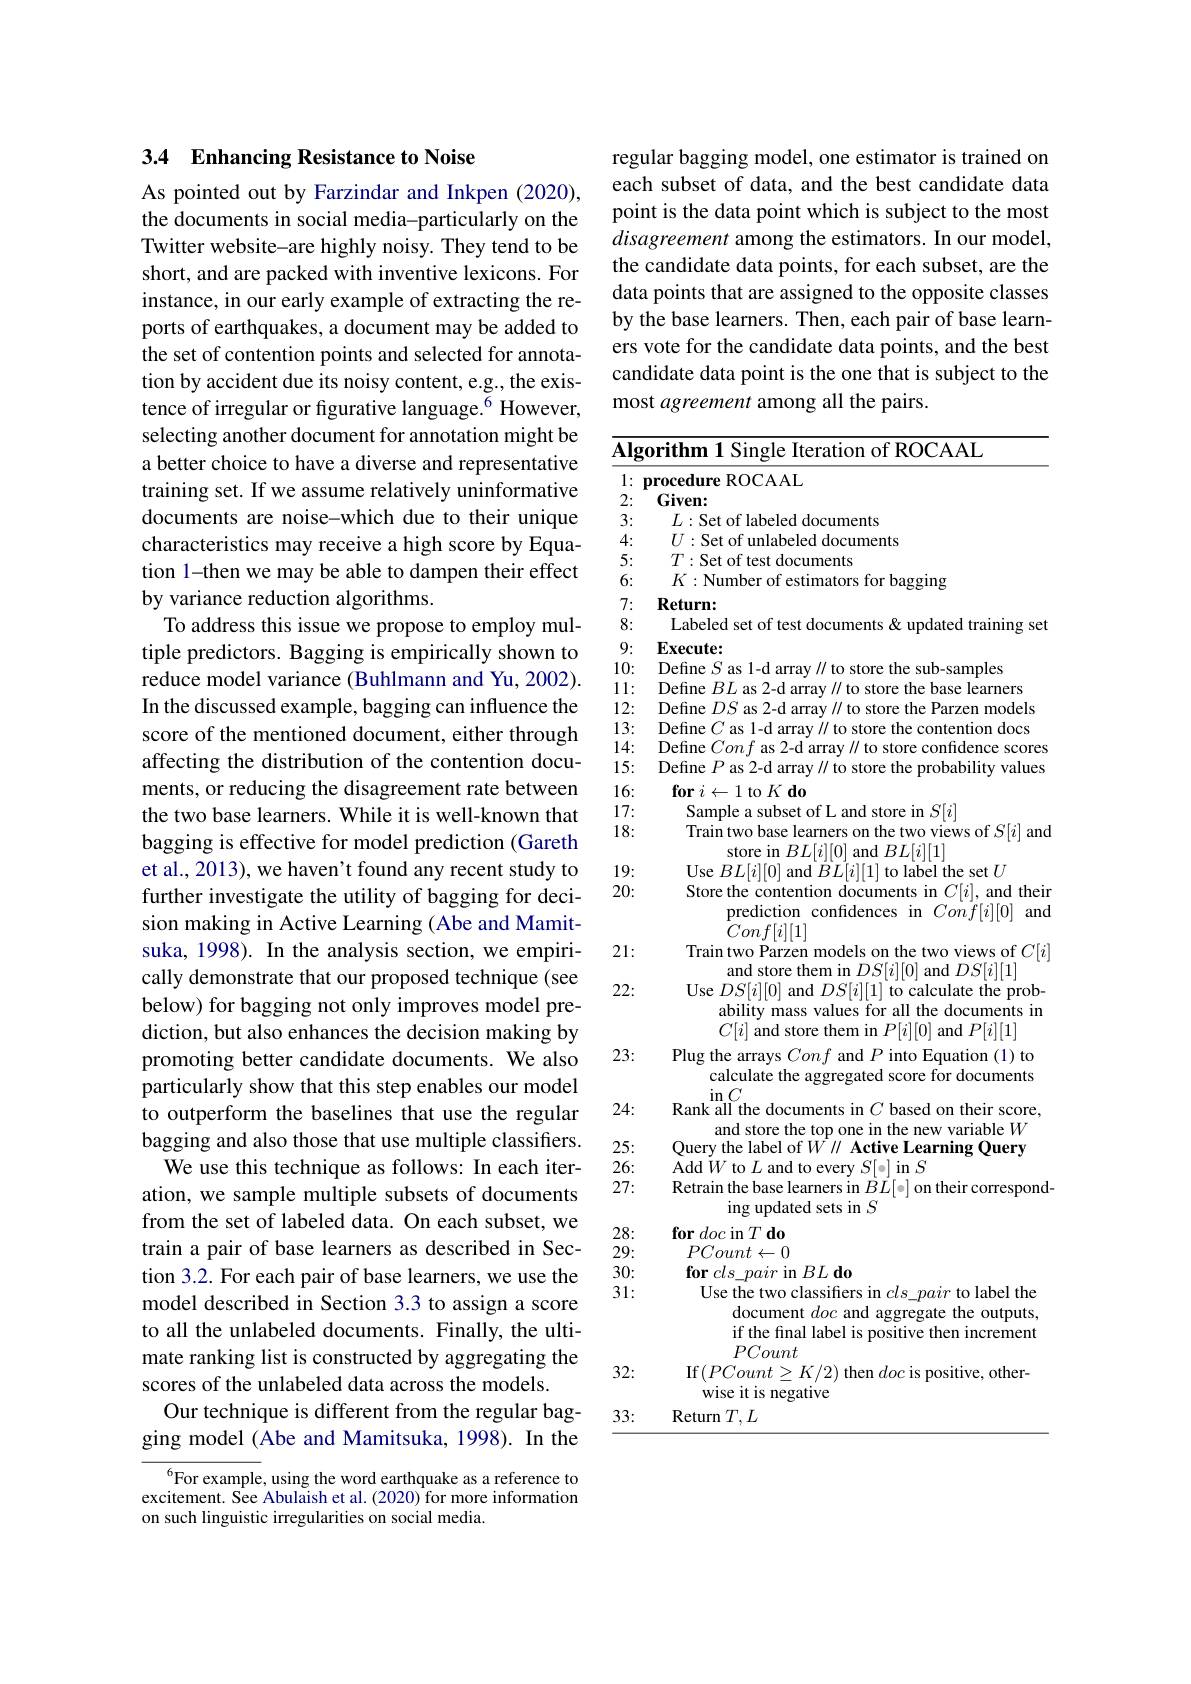
## 3.4 Enhancing Resistance to Noise

As pointed out by Farzindar and Inkpen (2020), the documents in social media-particularly on the Twitter website-are highly noisy. They tend to be short, and are packed with inventive lexicons. For instance, in our early example of extracting the reports of earthquakes, a document may be added to the set of contention points and selected for annotation by accident due its noisy content, e.g., the existence of irregular or figurative language.$^{6}$ However, selecting another document for annotation might be a better choice to have a diverse and representative training set. If we assume relatively uninformative documents are noise-which due to their unique characteristics may receive a high score by Equation 1-then we may be able to dampen their effect by variance reduction algorithms.
To address this issue we propose to employ multiple predictors. Bagging is empirically shown to reduce model variance (Buhlmann and Yu, 2002). In the discussed example, bagging can influence the score of the mentioned document, either through affecting the distribution of the contention documents, or reducing the disagreement rate between the two base learners. While it is well-known that bagging is effective for model prediction (Gareth et al., 2013), we haven' t found any recent study to further investigate the utility of bagging for decision making in Active Learning (Abe and Mamitsuka, 1998). In the analysis section, we empirically demonstrate that our proposed technique (see below) for bagging not only improves model prediction, but also enhances the decision making by promoting better candidate documents. We also particularly show that this step enables our model to outperform the baselines that use the regular bagging and also those that use multiple classifiers.
We use this technique as follows: In each iteration, we sample multiple subsets of documents from the set of labeled data. On each subset, we train a pair of base learners as described in Section 3.2. For each pair of base learners, we use the model described in Section 3.3 to assign a score to all the unlabeled documents. Finally, the ultimate ranking list is constructed by aggregating the scores of the unlabeled data across the models.
Our technique is different from the regular bagging model (Abe and Mamitsuka, 1998). In the
${^6}$For example, using the word earthquake as a reference to

excitement. See Abulaish et al. (2020) for more information
on such linguistic irregularities on social media.

regular bagging model, one estimator is trained on each subset of data, and the best candidate data point is the data point which is subject to the most disagreement among the estimators. In our model, the candidate data points, for each subset, are the data points that are assigned to the opposite classes by the base learners. Then, each pair of base learners vote for the candidate data points, and the best candidate data point is the one that is subject to the most agreement among all the pairs.

3:

4:

5:

6:

8:

9:

13:

14:

15:

16:

19:

20:

Algorithm 1 Single Iteration of ROCAAL
1: procedure ROCAAL
$2:\stackrel{\bullet}{\mathrm{Given:}}$
$L:$Set of labeled documents $U:$Set of unlabeled documents $\begin{array}{l}T:\text{Set of test documents}\\K:\text{Number of estimators for bagging}\end{array}$
7: Return:
Labeled set of test documents & updated training set
Execute:
$\begin{array}{lll}10:&\text{Define }S\mathrm{~as~1-d~array~//~to~store~the~sub-samples}\\11:&\text{Define }BL\mathrm{~as~2-d~array~//to~store~the~base~learners}\\12:&\text{Define }DS\mathrm{~as~2-d~array~//to~store~the~Parzen~models}\end{array}$
$\begin{array}{l}{\mathrm{Define~}C\text{ as 1-d array}//\text{to store the contention docs}}\\{\mathrm{Define~}Conf\text{ as 2-d array}//\text{to store confidence scores}}\end{array}$ Define $P$ as 2-d array $l/$ to store the probability values $\textbf{for }i\leftarrow 1$ to $K\textbf{do}$
17:
Sample a subset of L and store in $S[i]$
18:
Train two base learners on the two views of $S[ i]$ and store in $BL[ i] [ 0]$ and $BL[ i] [ 1]$
Use $BL[i][0]$ and $BL[i][1]$ to label the set $U$
Store the contention documents in $C[i]$, and their
$\begin{array}{ll}{\mathrm{prediction~confidences~in~}}&{Conf[i][0]}&{\mathrm{and}}\\{Conf[i][1]}\end{array}$ Train two Parzen models on the two views of $C[i]$ $\begin{array}{c}\text{and store them in }DS[i][0]\text{ and }DS[i][1]\\\text{Use }DS[i][0]\text{ and }DS[i][1]\text{ to calculate the prob-}\\\text{ability mass values for alll the documents in}\end{array}$
$C[i]$ and store them in $P[i][0]$ and $P[i][1]$
23:
Plug the arrays Conf and $P$ into Equation (1) to calculate the aggregated score for documents
$\sin C$
24:
Rank all the documents in $C$ based on their score,
and store the top one in the new variable $W$
25:
Query the label of $W^{1}\| \textbf{Active Learning Query}$
26:
Add $W$ to $L$ and to every $S[\circ]$ in $S$
27:
$\begin{array}{c}{\mathrm{Retrain~the~base~learners~in~}BL[-]~on~their~correspond-}\\{\mathrm{ing~updated~sets~in~}S}\end{array}$
28:
$\textbf{for }doc$ in $T\textbf{ do}$
29:
$PCount\leftarrow0$
30:
for $cls\_pair$ in $BL\textbf{do}$
31:
Use the two classifiers in $cls\_pair$ to label the
document doc and aggregate the outputs, if the final label is positive then increment PCount
If$(PCount\geq K/2)$ then doc is positive, other-
wise it is negative
Return $T,L$

21:

22:

32:

33: